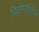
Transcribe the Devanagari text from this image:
विलोमरितीने